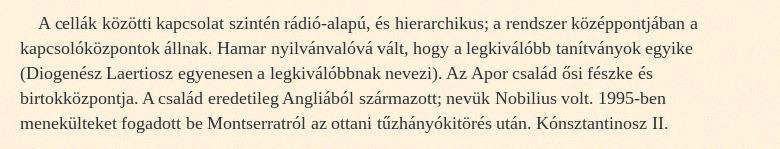
A cellák közötti kapcsolat szintén rádió-alapú, és hierarchikus; a rendszer közép­pontjában a kapcsolóközpontok állnak. Hamar nyilvánvalóvá vált, hogy a legkiválóbb tanítványok egyike (Diogenész Laertiosz egyenesen a legkiválóbbnak nevezi). Az Apor család ősi fészke és birtokközpontja. A család eredetileg Angliából származott; nevük Nobilius volt. 1995-ben menekülteket fogadott be Montserratról az ottani tűzhányókitörés után. Kónsztantinosz II.